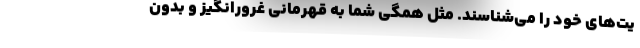
یت‌های خود را می‌شناسند. مثل همگی شما به قهرمانی غرورانگیز و بدون